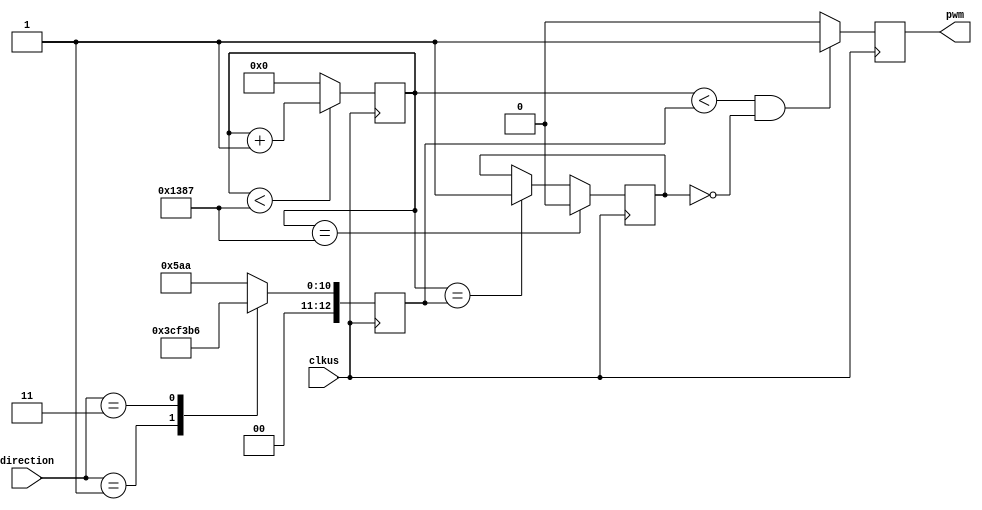
// servo control
module Servo (
    // clock
    input clkus,
    // front wheel direction from Trackuturn
    input [2:0] direction,
    // servo PWM signal
    output reg pwm
);
    
    // front wheel direction
    parameter   STRAIGHT    = 2'b00,
                LEFT        = 2'b01,
                RIGHT       = 2'b11;

    // pulse width of each direction
    parameter   W_STRAIGHT  = 1450, // 0 deg
                W_LEFT      = 1950, // -45 deg
                W_RIGHT     = 950; // 54 deg

    // 5ms period counter
    reg [12:0] cnt;

    // stores the current pulse width
    reg [12:0] width;

    // indicates that pwm has switched from high to low
    reg switched;

    always @(posedge clkus) begin
        if (cnt < 4999)
            cnt <= cnt + 1;
        else
            cnt <= 0;
        if (cnt == 4999)
            switched <= 0;
        else if (cnt == width)
            switched <= 1;
        case (direction)
            STRAIGHT:
                width <= W_STRAIGHT;
            LEFT:
                width <= W_LEFT;
            RIGHT:
                width <= W_RIGHT;
            default:
                width <= W_STRAIGHT;
        endcase
        if (cnt < width && !switched)
            pwm <= 1;
        else
            pwm <= 0;
    end

endmodule